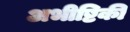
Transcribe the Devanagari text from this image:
अभीष्टिकी